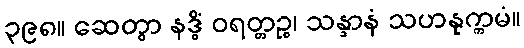
၃၉၈။ ဆေတွာ နဒ္ဓိံ ဝရတ္တဉ္စ၊ သန္ဒာနံ သဟနုက္ကမံ။